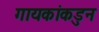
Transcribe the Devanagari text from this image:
गायकांकडुन